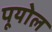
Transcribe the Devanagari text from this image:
पूयोल